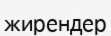
жирендер